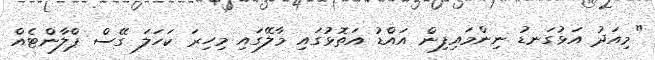
"މިއަދު އަޅުގަނޑު ނިންމައިފިން އައްޑު އަތޮޅުގައި މާލޭގައި މިހިރަ ކަހަލަ ގޭސް ޕްލާންޓެއް